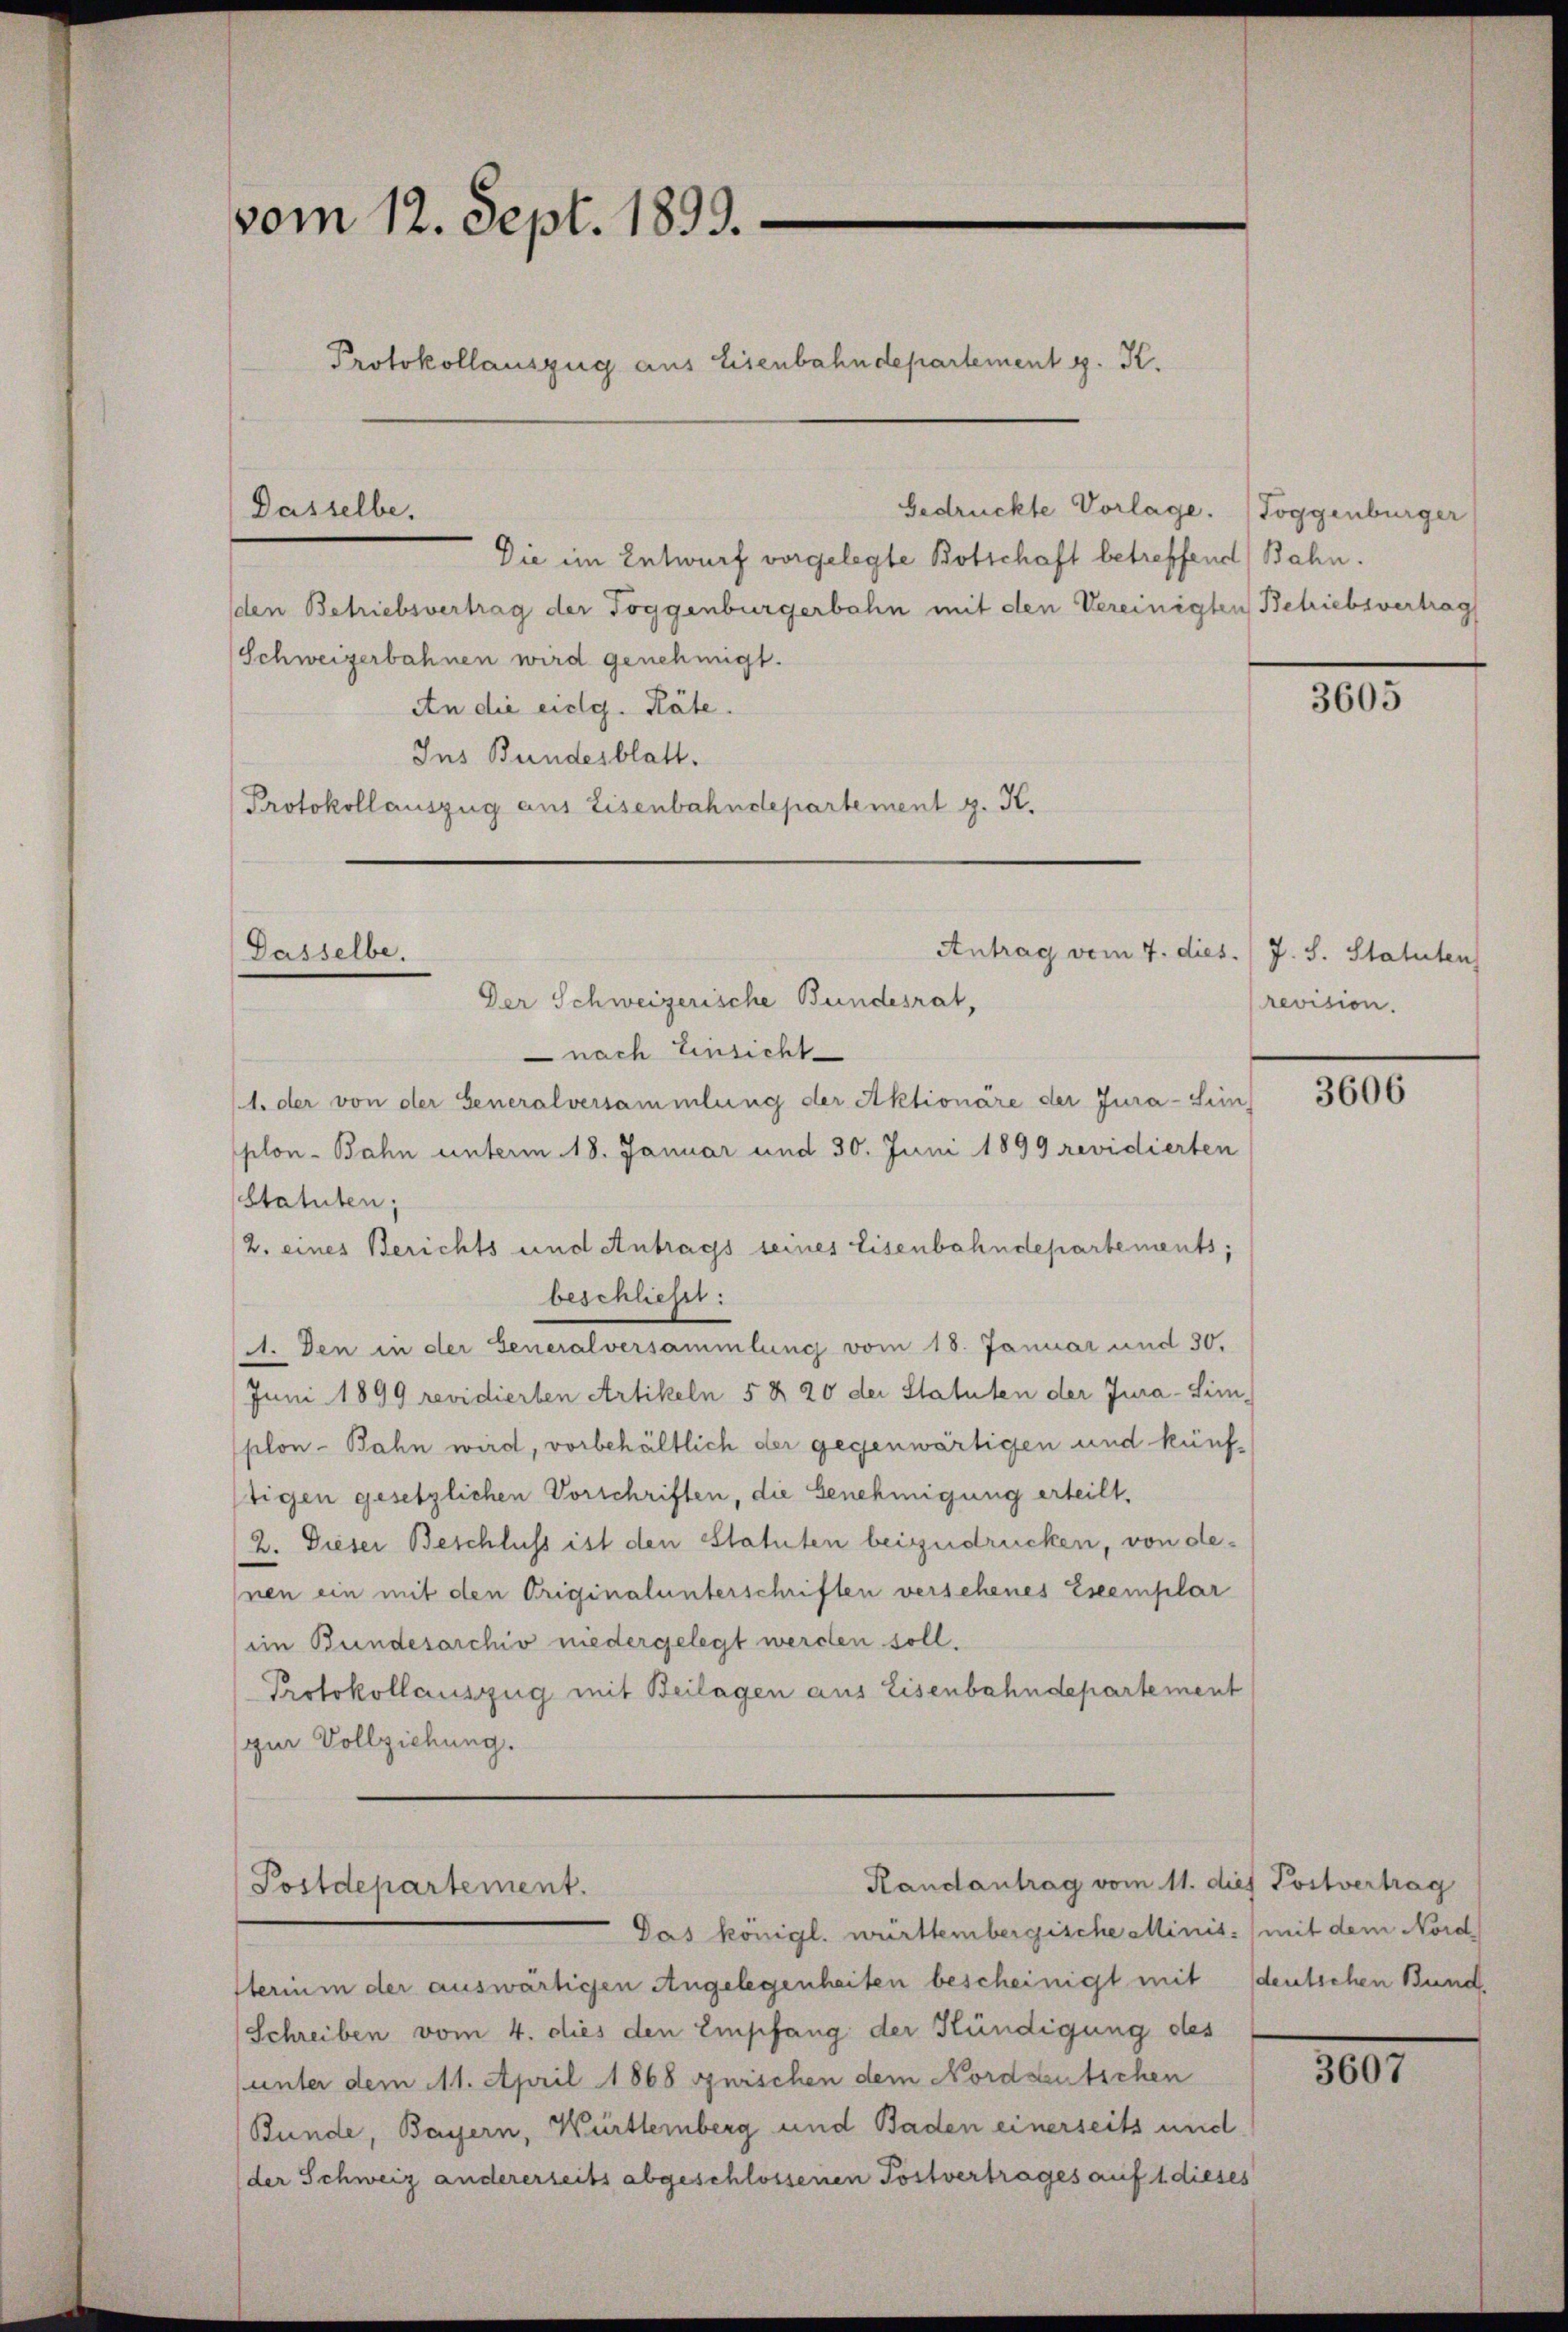
vom 12. Sept. 1899.
Protokollauszug aus Eisenbahndepartement g. K.

Dasselbe.

Dasselbe.

Die im Entwurf vorgelegte Botschaft betreffend Bahn.
den Betriebsvertrag der Toggenburgerbahn mit den Vereinigten Betriebsvertrag
Schweizerbahnen wird genehmigt.
An die eidg. Räte.
Ins Bundesblatt.
Protokollauszug aus Eisenbahndepartement g. K.

Antrag vom 7. dies. J. S. Statuten
Der Schweizerische Bundesrat,
 nach Einsicht
1. der von der Generalversammlung der Aktionäre der Jura-Sim
plon-Bahn unterm 18. Januar und 30. Juni 1899 revidierten
Statuten;
2. eines Berichts und Antrags seines Eisenbahndepartements;
beschließt:
d. Den in der Generalversammlung vom 18. Januar und 30.
Juni 1899 revidierten Artikeln 5 & 20 der Statuten der Jura-Simplon-Bahn wird, vorbehältlich der gegenwärtigen und künfstigen gesetzlichen Vorschriften, die Genehmigung erteilt,
2. Dieser Beschluss ist den Statuten beizudrücken, von denen ein mit den Originalunterschriften versehenes Exemplar
im Bundesarchiv niedergelegt werden soll.
Protokollauszug mit Beilagen aus Eisenbahndepartement
zur Vollziehung.
Randantrag vom 11. dies Postvertrag
Postdepartement.
Das königl. württembergische clinis mit dem Nordsterium der auswärtigen Angelegenheiten bescheinigt mit deutschen Bund.
(Schreiben vom 4. dies den Empfang der Kündigung des
unter dem 11. April 1868 guischen dem Nordseentschen
Bunde, Bayern, Württernberg und Baden einerseits und
(der Schweiz andererseits abgeschlossenen Postvertrages auf 1 dieses

Gedrückte Vorlage. (Toggenburger

3605

revision.

3606

307